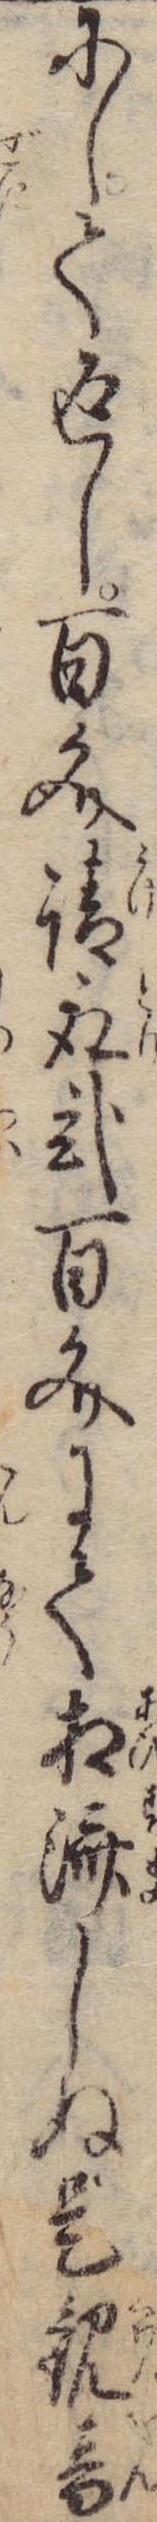
にして返し百文請取弐百文にて相済しぬ是観音